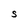
Character: S